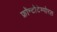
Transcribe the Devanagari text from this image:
फ्रॉन्टोटेम्पोरल